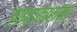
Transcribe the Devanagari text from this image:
उपप्रकारांना